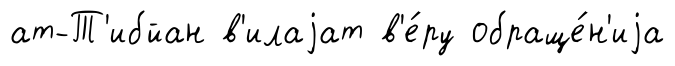
ат-Т'ибйан в'илаjат в'е́ру обраще́н'иjа